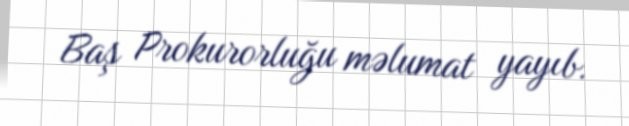
Baş Prokurorluğu məlumat yayıb.